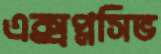
এক্সপ্লসিভ